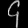
Digit: ၄